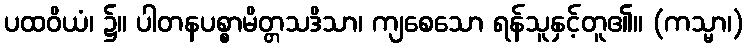
ပထဝိယံ၊ ၌။ ပါတနပစ္စာမိတ္တသဒိသာ၊ ကျစေသော ရန်သူနှင့်တူ၏။ (ကသ္မာ၊)